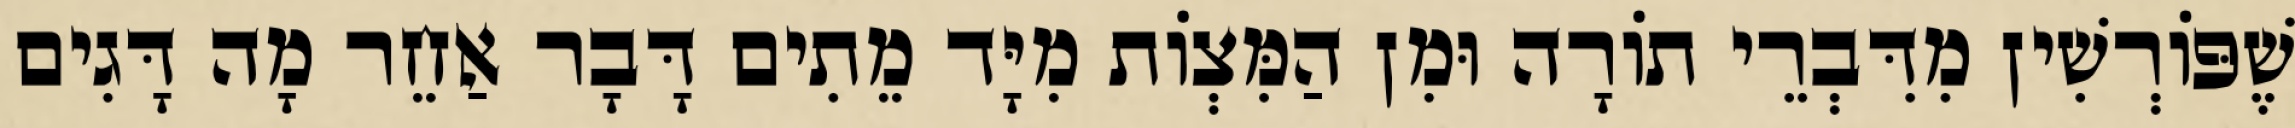
שֶׁפּוֹרְשִׁין מִדִּבְרֵי תוֹרָה וּמִן הַמִּצְוֹת מִיָּד מֵתִים דָּבָר אַחֵר מָה דָּגִים